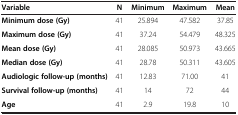
<table><thead><tr><td><b>Variable</b></td><td><b>N</b></td><td><b>Minimum</b></td><td><b>Maximum</b></td><td><b>Mean</b></td></tr></thead><tbody><tr><td><b>Minimum dose (Gy)</b></td><td>41</td><td>25.894</td><td>47.582</td><td>37.85</td></tr><tr><td><b>Maximum dose (Gy)</b></td><td>41</td><td>37.24</td><td>54.479</td><td>48.325</td></tr><tr><td><b>Mean dose (Gy)</b></td><td>41</td><td>28.085</td><td>50.973</td><td>43.665</td></tr><tr><td><b>Median dose (Gy)</b></td><td>41</td><td>28.78</td><td>50.311</td><td>43.605</td></tr><tr><td><b>Audiologic follow-up (months)</b></td><td>41</td><td>12.83</td><td>71.00</td><td>41</td></tr><tr><td><b>Survival follow-up (months)</b></td><td>41</td><td>14</td><td>72</td><td>44</td></tr><tr><td><b>Age</b></td><td>41</td><td>2.9</td><td>19.8</td><td>10</td></tr></tbody></table>